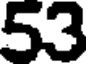
53